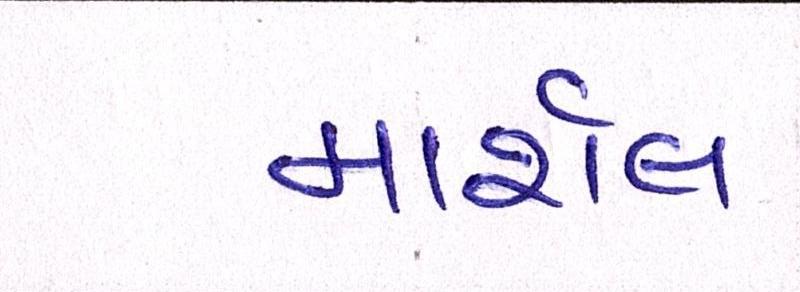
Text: માર્શલ